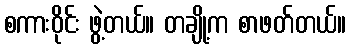
စကားဝိုင်း ဖွဲ့တယ်။ တချို့က စာဖတ်တယ်။